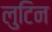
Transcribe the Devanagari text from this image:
लुटिन